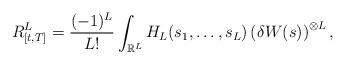
LaTeX: \begin{align*}R_{[t,T]}^{L}=\frac{(-1)^{L}}{L!}\int_{\mathbb{R}^{L}}H_{L}(s_{1},\ldots,s_{L})\left( \delta W(s)\right) ^{\otimes L},\end{align*}